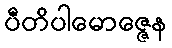
ပီတိပါမောဇ္ဇေန